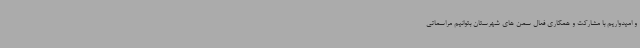
و امیدواریم با مشارکت و همکاری فعال سمن های شهرستان بتوانیم مراسماتی